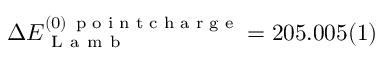
\Delta E _ { \mathrm { ~ L ~ a ~ m ~ b ~ } } ^ { ( 0 ) \, \textrm { p o i n t c h a r g e } } = 2 0 5 . 0 0 5 ( 1 )